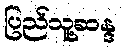
ပြည်သူ့ဆန္ဒ